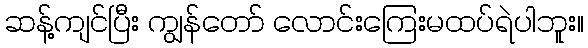
ဆန့်ကျင်ပြီး ကျွန်တော် လောင်းကြေးမထပ်ရဲပါဘူး။